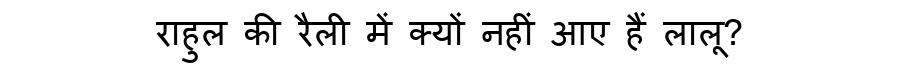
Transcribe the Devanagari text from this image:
राहुल की रैली में क्यों नहीं आए हैं लालू?